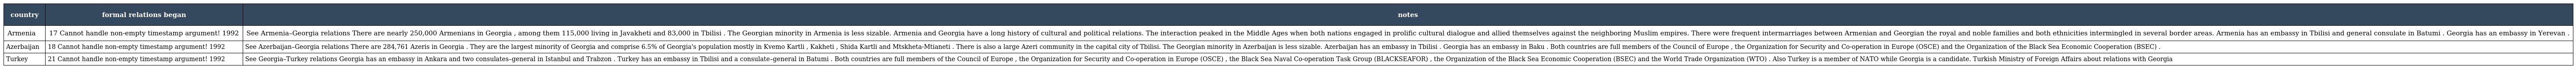
| country | formal relations began | notes |
 | --- | --- | --- |
 | Armenia | 17 Cannot handle non-empty timestamp argument! 1992 | See Armenia–Georgia relations There are nearly 250,000 Armenians in Georgia , among them 115,000 living in Javakheti and 83,000 in Tbilisi . The Georgian minority in Armenia is less sizable. Armenia and Georgia have a long history of cultural and political relations. The interaction peaked in the Middle Ages when both nations engaged in prolific cultural dialogue and allied themselves against the neighboring Muslim empires. There were frequent intermarriages between Armenian and Georgian the royal and noble families and both ethnicities intermingled in several border areas. Armenia has an embassy in Tbilisi and general consulate in Batumi . Georgia has an embassy in Yerevan . |
 | Azerbaijan | 18 Cannot handle non-empty timestamp argument! 1992 | See Azerbaijan–Georgia relations There are 284,761 Azeris in Georgia . They are the largest minority of Georgia and comprise 6.5% of Georgia's population mostly in Kvemo Kartli , Kakheti , Shida Kartli and Mtskheta-Mtianeti . There is also a large Azeri community in the capital city of Tbilisi. The Georgian minority in Azerbaijan is less sizable. Azerbaijan has an embassy in Tbilisi . Georgia has an embassy in Baku . Both countries are full members of the Council of Europe , the Organization for Security and Co-operation in Europe (OSCE) and the Organization of the Black Sea Economic Cooperation (BSEC) . |
 | Turkey | 21 Cannot handle non-empty timestamp argument! 1992 | See Georgia–Turkey relations Georgia has an embassy in Ankara and two consulates–general in Istanbul and Trabzon . Turkey has an embassy in Tbilisi and a consulate–general in Batumi . Both countries are full members of the Council of Europe , the Organization for Security and Co-operation in Europe (OSCE) , the Black Sea Naval Co-operation Task Group (BLACKSEAFOR) , the Organization of the Black Sea Economic Cooperation (BSEC) and the World Trade Organization (WTO) . Also Turkey is a member of NATO while Georgia is a candidate. Turkish Ministry of Foreign Affairs about relations with Georgia |